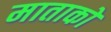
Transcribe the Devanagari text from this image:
माताको